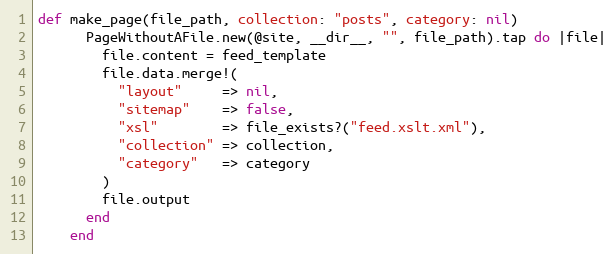
Language: Ruby
def make_page(file_path, collection: "posts", category: nil)
      PageWithoutAFile.new(@site, __dir__, "", file_path).tap do |file|
        file.content = feed_template
        file.data.merge!(
          "layout"     => nil,
          "sitemap"    => false,
          "xsl"        => file_exists?("feed.xslt.xml"),
          "collection" => collection,
          "category"   => category
        )
        file.output
      end
    end